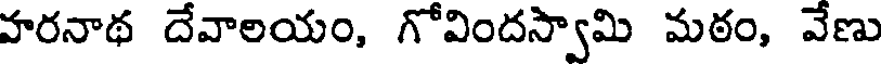
హరనాథ దేవాలయం, గోవిందస్వామి మఠం, వేణు